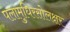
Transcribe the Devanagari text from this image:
पलामुधिरसोलक्षर